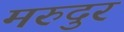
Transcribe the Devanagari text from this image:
मरुदुर